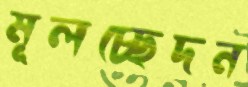
মূলচ্ছেদন